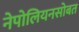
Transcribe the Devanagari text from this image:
नेपोलियनसोबत